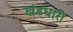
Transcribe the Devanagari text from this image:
खंडधारी